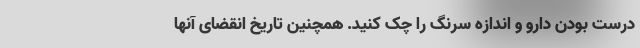
درست بودن دارو و اندازه سرنگ را چک کنید. همچنین تاریخ انقضای آنها